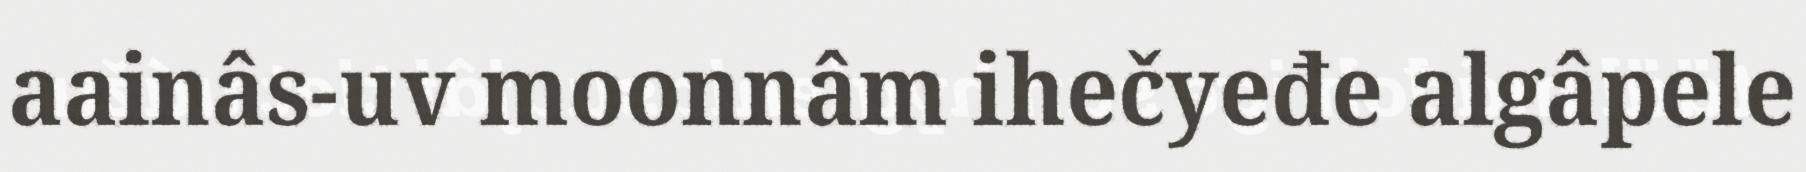
aainâs-uv moonnâm ihečyeđe algâpele